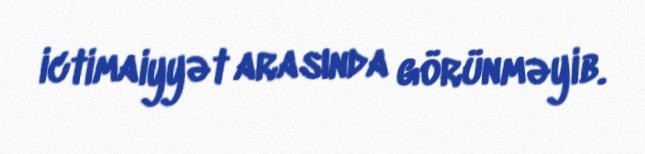
ictimaiyyət arasında görünməyib.